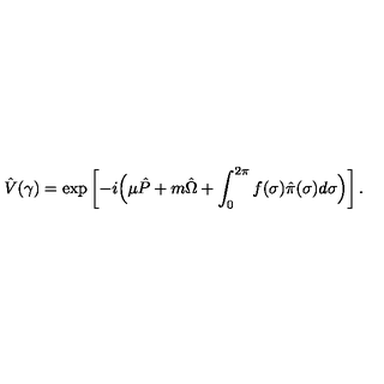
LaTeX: \hat { V } ( \gamma ) = \exp \left[ - i \Bigl ( \mu \hat { P } + m \hat { \Omega } + \int _ { 0 } ^ { 2 \pi } f ( \sigma ) \hat { \pi } ( \sigma ) d \sigma \Bigr ) \right] .